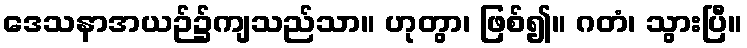
ဒေသနာအယဉ်၌ကျသည်သာ။ ဟုတွာ၊ ဖြစ်၍။ ဂတံ၊ သွားပြီ။